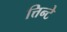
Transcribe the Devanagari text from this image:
त्तिन्टे